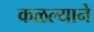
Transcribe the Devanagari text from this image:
कळल्याने